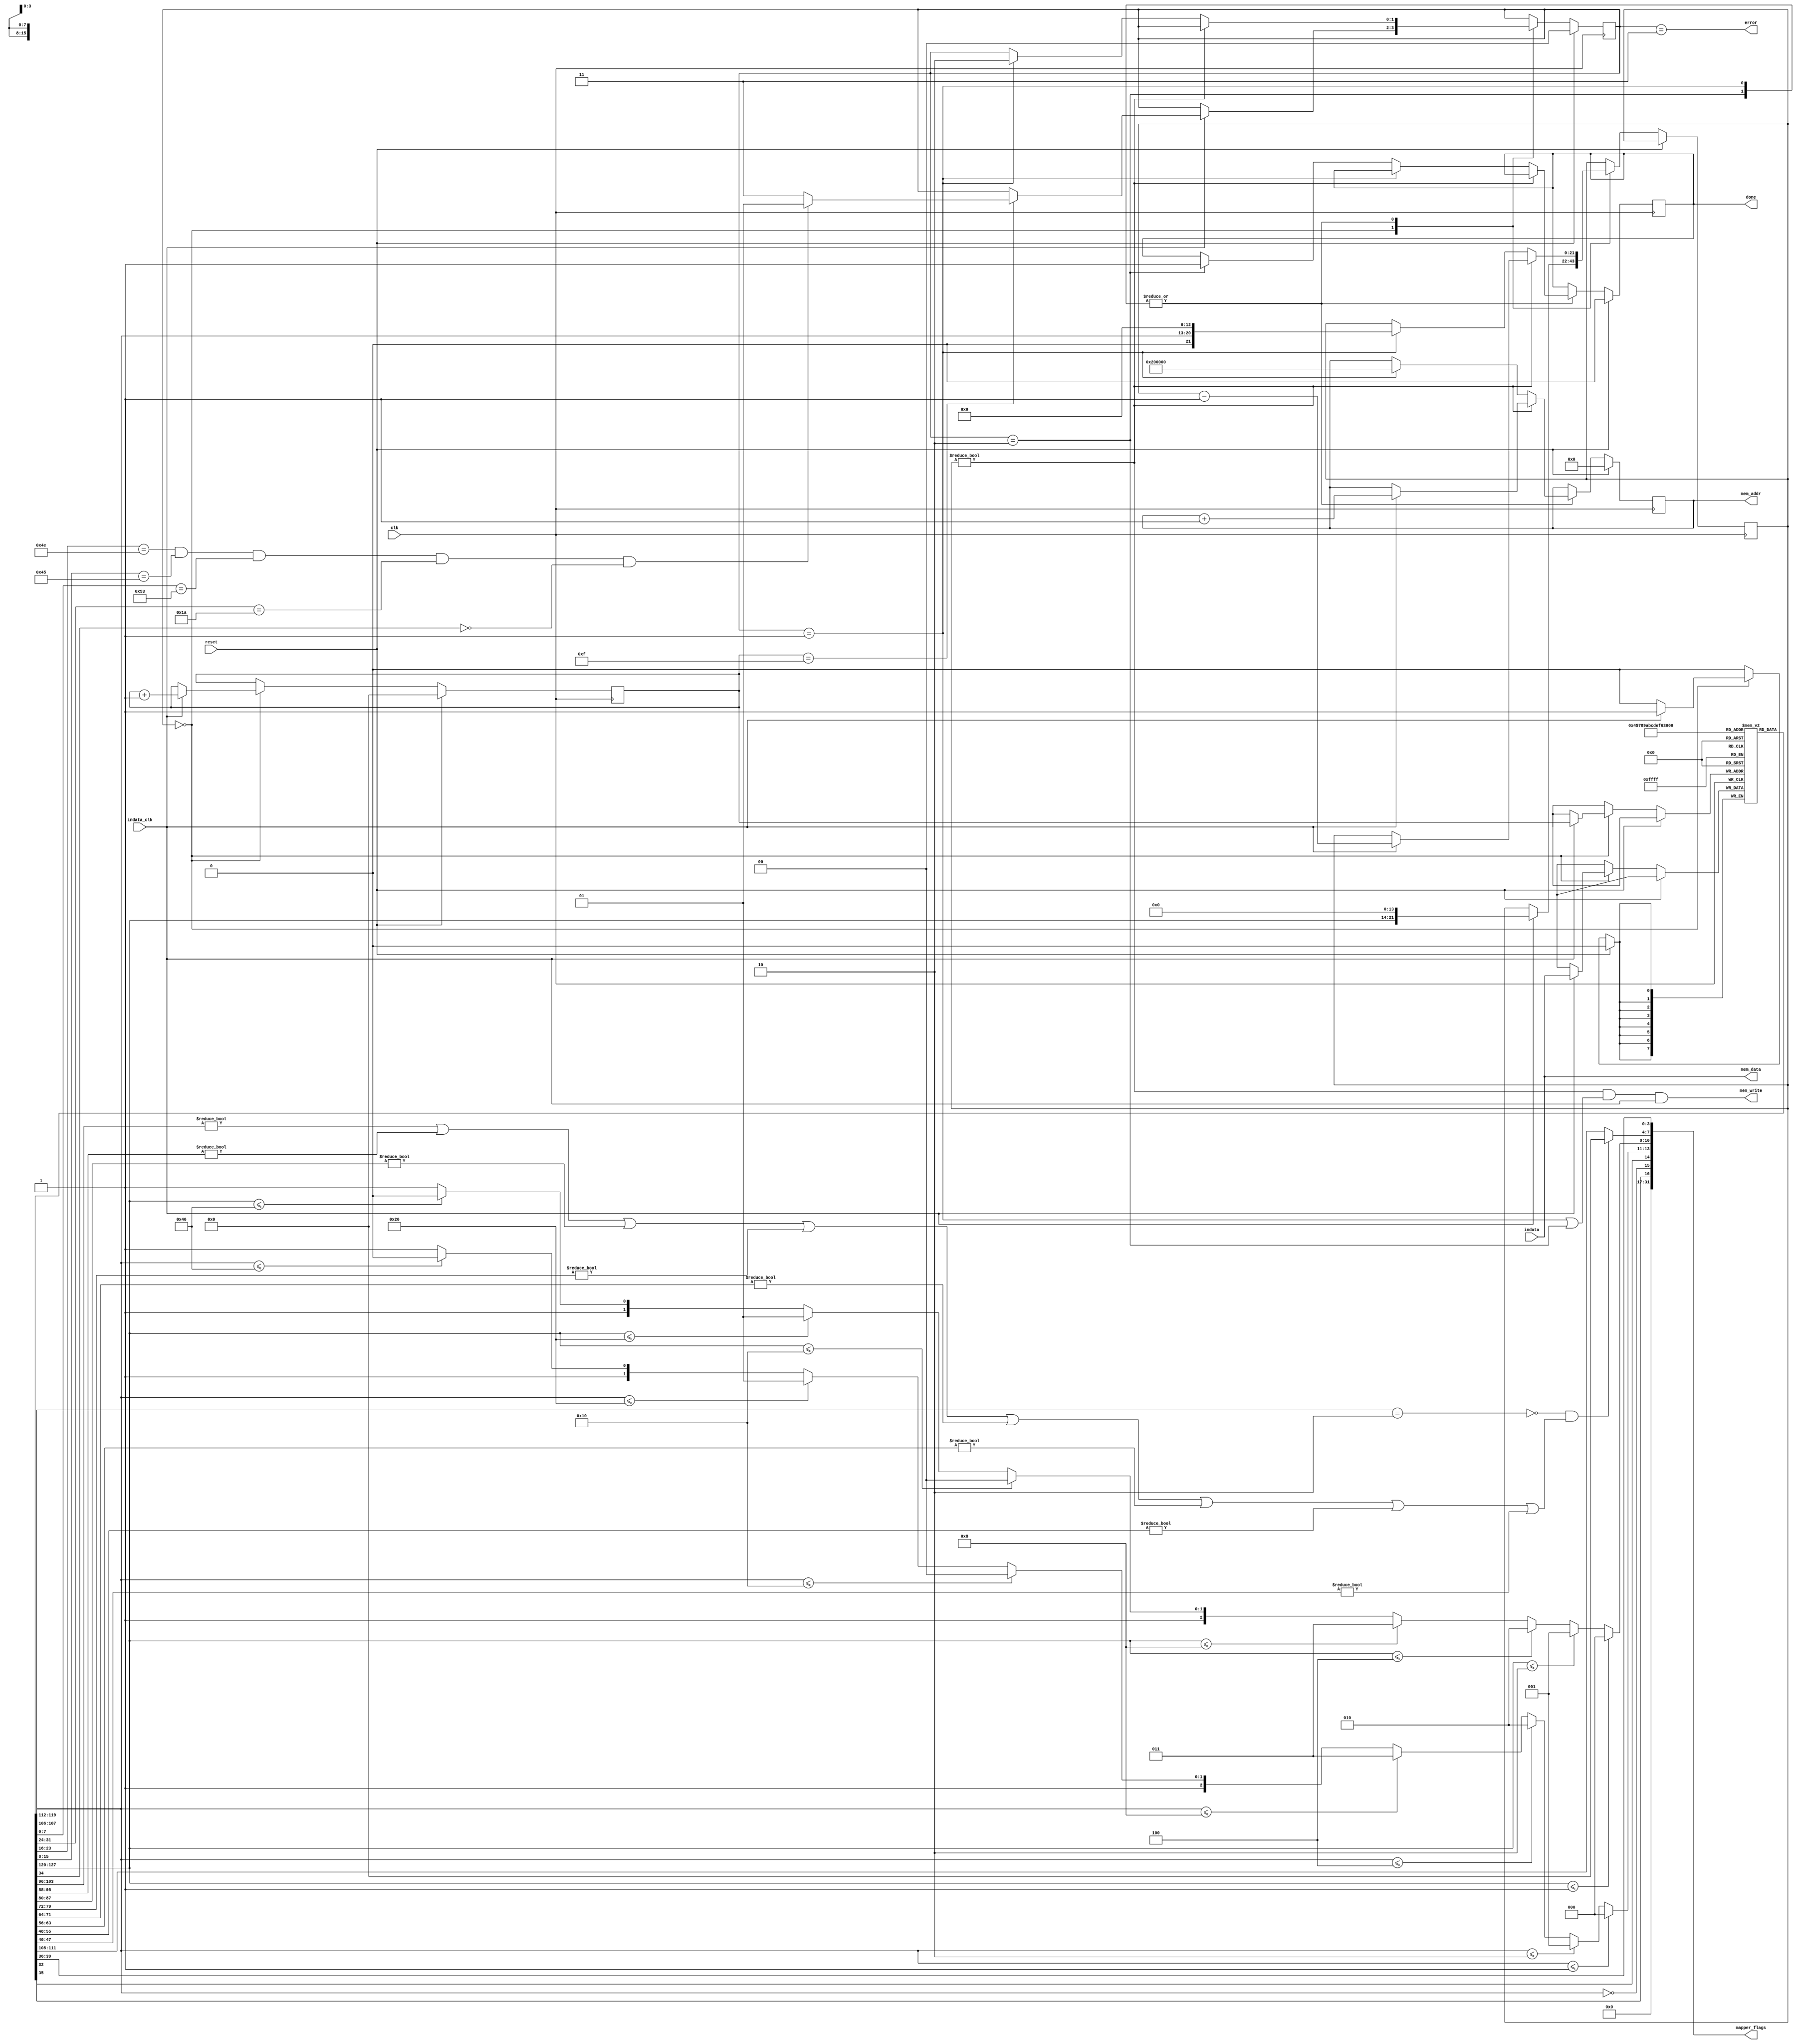
module GameLoader(input clk, input reset,
                  input [7:0] indata, input indata_clk,
                  output reg [21:0] mem_addr, output [7:0] mem_data, output mem_write,
                  output [31:0] mapper_flags,
                  output reg done,
                  output error);
  reg [1:0] state = 0;
  reg [7:0] prgsize;
  reg [3:0] ctr;
  reg [7:0] ines[0:15]; // 16 bytes of iNES header
  reg [21:0] bytes_left;
  
  assign error = (state == 3);
  wire [7:0] prgrom = ines[4];	// Number of 16384 byte program ROM pages
  wire [7:0] chrrom = ines[5];	// Number of 8192 byte character ROM pages (0 indicates CHR RAM)
  wire has_chr_ram = (chrrom == 0);
  assign mem_data = indata;
  assign mem_write = (bytes_left != 0) && (state == 1 || state == 2) && indata_clk;
  
  wire [2:0] prg_size = prgrom <= 1  ? 0 :
                        prgrom <= 2  ? 1 : 
                        prgrom <= 4  ? 2 : 
                        prgrom <= 8  ? 3 : 
                        prgrom <= 16 ? 4 : 
                        prgrom <= 32 ? 5 : 
                        prgrom <= 64 ? 6 : 7;
                        
  wire [2:0] chr_size = chrrom <= 1  ? 0 : 
                        chrrom <= 2  ? 1 : 
                        chrrom <= 4  ? 2 : 
                        chrrom <= 8  ? 3 : 
                        chrrom <= 16 ? 4 : 
                        chrrom <= 32 ? 5 : 
                        chrrom <= 64 ? 6 : 7;
  
  // detect iNES2.0 compliant header
  wire is_nes20 = (ines[7][3:2] == 2'b10);
  // differentiate dirty iNES1.0 headers from proper iNES2.0 ones
  wire is_dirty = !is_nes20 && ((ines[8]  != 0) 
									  || (ines[9]  != 0)
									  || (ines[10] != 0)
									  || (ines[11] != 0)
									  || (ines[12] != 0)
									  || (ines[13] != 0)
									  || (ines[14] != 0)
									  || (ines[15] != 0));
  
  // Read the mapper number
  wire [7:0] mapper = {is_dirty ? 4'b0000 : ines[7][7:4], ines[6][7:4]};
  
  // ines[6][0] is mirroring
  // ines[6][3] is 4 screen mode
  assign mapper_flags = {15'b0, ines[6][3], has_chr_ram, ines[6][0], chr_size, prg_size, mapper};
  
  always @(posedge clk) begin
    if (reset) begin
      state <= 0;
      done <= 0;
      ctr <= 0;
      mem_addr <= 0;  // Address for PRG
    end else begin
      case(state)
      // Read 16 bytes of ines header
      0: if (indata_clk) begin
           ctr <= ctr + 1;
           ines[ctr] <= indata;
           bytes_left <= {prgrom, 14'b0};
           if (ctr == 4'b1111)
				 // Check the 'NES' header. Also, we don't support trainers.
             state <= (ines[0] == 8'h4E) && (ines[1] == 8'h45) && (ines[2] == 8'h53) && (ines[3] == 8'h1A) && !ines[6][2] ? 1 : 3;         end
      1, 2: begin // Read the next |bytes_left| bytes into |mem_addr|
          if (bytes_left != 0) begin
            if (indata_clk) begin
              bytes_left <= bytes_left - 1;
              mem_addr <= mem_addr + 1;
            end
          end else if (state == 1) begin
            state <= 2;
            mem_addr <= 22'b10_0000_0000_0000_0000_0000; // Address for CHR
            bytes_left <= {1'b0, chrrom, 13'b0};
          end else if (state == 2) begin
            done <= 1;
          end
        end
      endcase
    end
  end
endmodule